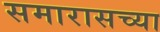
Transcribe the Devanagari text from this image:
समारासच्या